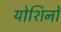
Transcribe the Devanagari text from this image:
योशिनो